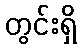
တွင်းရှိ